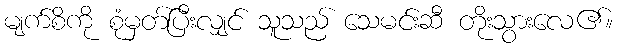
မျက်စိကို စုံမှတ်ပြီးလျှင် သူသည် သေမင်းဆီ တိုးသွားလေ၏။